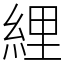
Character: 䋥